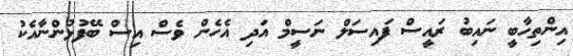
އިންތިހާބީ ނައިބު ރައީސް ފައިސަލް ނަސީމް އަދި އެހެން ވެސް އިސް ބޭފުޅުންނާއެކު